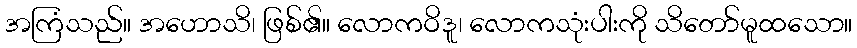
အကြံသည်။ အဟောသိ၊ ဖြစ်၏။ လောကဝိဒူ၊ လောကသုံးပါးကို သိတော်မူထသော။